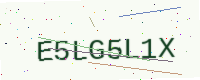
Text: E5LG5L1X